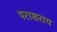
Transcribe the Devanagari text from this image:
पराशराय